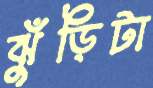
ঝুঁড়িটা